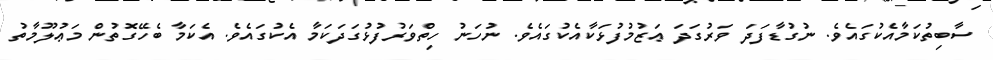
ސާބިތުކަމާއެކުގައެވެ. ނުގުޑާފަދަ ވަރުގަދަ ޢަޒުމުފުޅަކާއެކުގައެވެ. ނުހަނު ހިތްވަރުފުޅުގަދަކަމާ އެކުގައެވެ. އެކަމާ ބެހޭގޮތުން މަޢުލޫމާތު